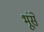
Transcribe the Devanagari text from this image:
भूंसे